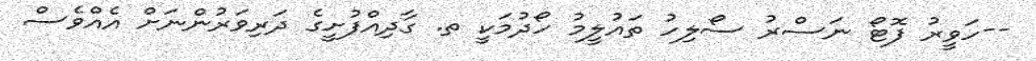
--ހަވީރު ފޮޓޯ ނަސްރު ސޯލިހު ތައުލީމު ހޯދުމަކީ ތ. ގާދިއްފުށީގެ ދަރިވަރުންނަށް އެއްވެސް